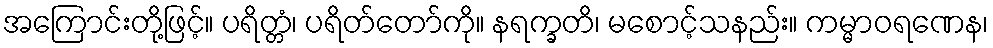
အကြောင်းတို့ဖြင့်။ ပရိတ္တံ၊ ပရိတ်တော်ကို။ နရက္ခတိ၊ မစောင့်သနည်း။ ကမ္မာဝရဏေန၊